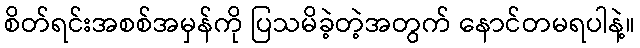
စိတ်ရင်းအစစ်အမှန်ကို ပြသမိခဲ့တဲ့အတွက် နောင်တမရပါနဲ့။